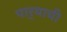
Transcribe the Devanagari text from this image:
पार्‍याची